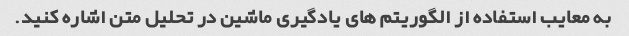
به معایب استفاده از الگوریتم های یادگیری ماشین در تحلیل متن اشاره کنید.